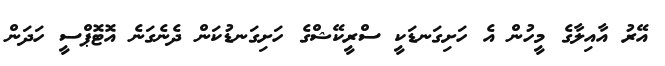
އޭރު އާއިލާގެ މީހުން އެ ހަށިގަނޑަކީ ސްރީކޭޝްގެ ހަށިގަނޑުކަން ދެނެގަނެ އޮޓޮޕްސީ ހަދަން